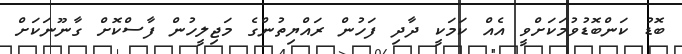
ބޮޑު ކަންބޮޑުވުމަކަށްވީ އެއް ކަމަކީ ދާދި ފަހުން ރައްޔިތުންގެ މަޖިލީހުން ފާސްކޮށް ގާނޫނަކަށް